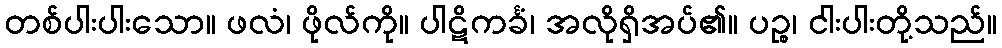
တစ်ပါးပါးသော။ ဖလံ၊ ဖိုလ်ကို။ ပါဋိကင်္ခံ၊ အလိုရှိအပ်၏။ ပဉ္စ၊ ငါးပါးတို့သည်။